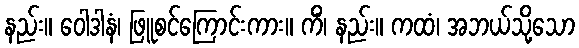
နည်း။ ဝေါဒါနံ၊ ဖြူစင်ကြောင်းကား။ ကိံ၊ နည်း။ ကထံ၊ အဘယ်သို့သော